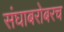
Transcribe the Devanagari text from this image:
संघाबरोबरच